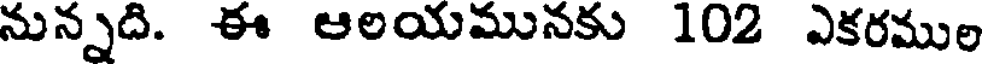
నున్నది. ఈ ఆలయమునకు 102 ఎకరముల